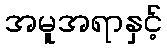
အမူအရာနှင့်